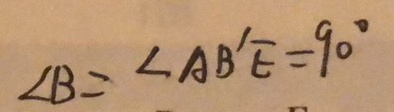
\angle B = \angle A B ^ { \prime } E = 9 0 ^ { \circ }